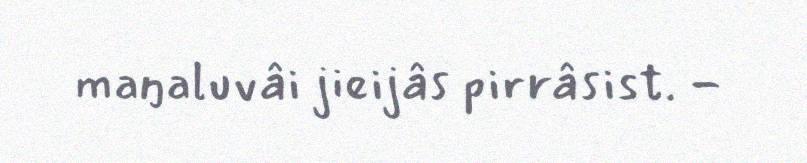
maŋaluvâi jieijâs pirrâsist. -